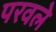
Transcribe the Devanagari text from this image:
परवले